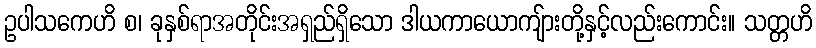
ဥပါသကေဟိ စ၊ ခုနှစ်ရာအတိုင်းအရှည်ရှိသော ဒါယကာယောကျ်ားတို့နှင့်လည်းကောင်း။ သတ္တဟိ